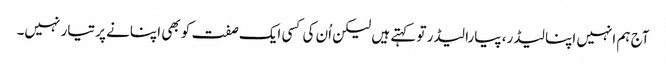
آج ہم انہیں اپنا لیڈر، پیارا لیڈر تو کہتے ہیں لیکن اُن کی کسی ایک صفت کو بھی اپنانے پر تیار نہیں۔